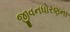
જીવનધોરણના